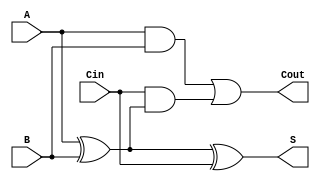
module FullAdder (
    input A,        // First input bit
    input B,        // Second input bit
    input Cin,      // Carry input
    output S,       // Sum output
    output Cout     // Carry output
);
    assign S = A ^ B ^ Cin;                     // Sum calculation
    assign Cout = (A & B) | (Cin & (A ^ B));    // Carry-out calculation
endmodule